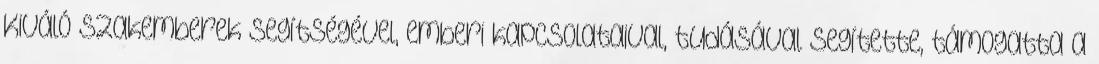
Kiváló szakemberek segítségével, emberi kapcsolataival, tudásával segítette, támogatta a